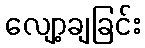
လျော့ချခြင်း